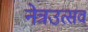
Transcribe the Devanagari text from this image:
नेत्रउत्सव